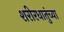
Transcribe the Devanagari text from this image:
शरीरधातुंच्या